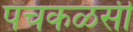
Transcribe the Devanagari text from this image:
पंचकळसी